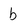
Character: b